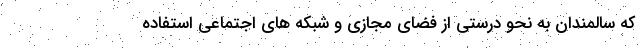
که سالمندان به نحو درستی از فضای مجازی و شبکه های اجتماعی استفاده